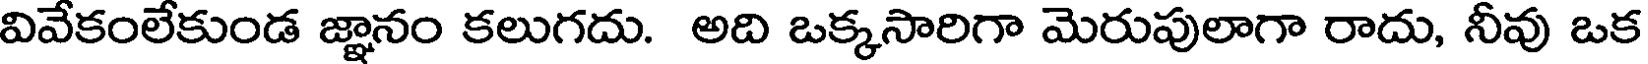
వివేకంలేకుండ జ్ఞానం కలుగదు. అది ఒక్కసారిగా మెరుపులాగా రాదు, నీవు ఒక